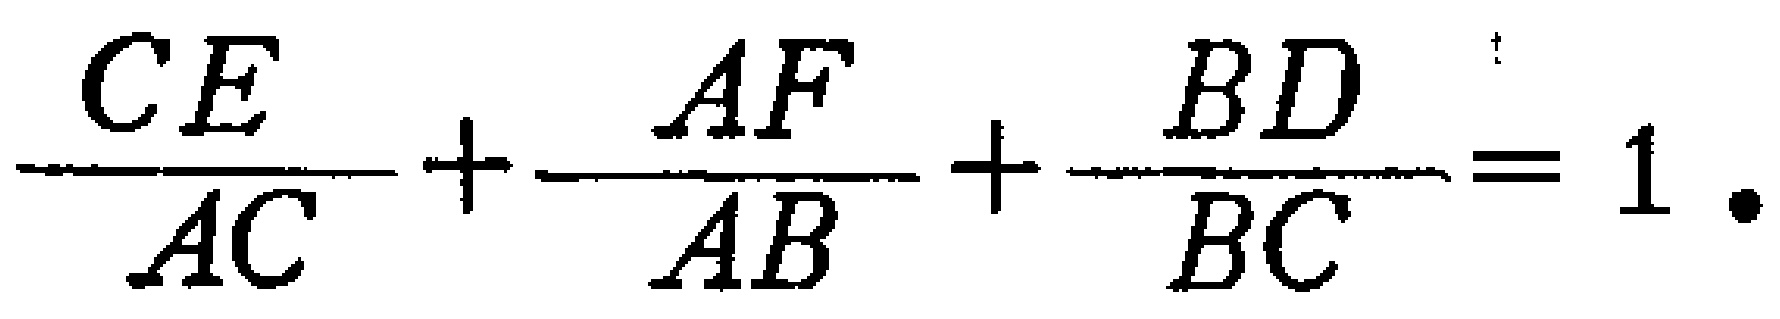
\(\frac{CE}{AC}+\frac{AF}{AB}+\frac{BD}{BC}=1.\)